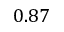
0 . 8 7